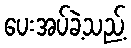
ပေးအပ်ခဲ့သည့်